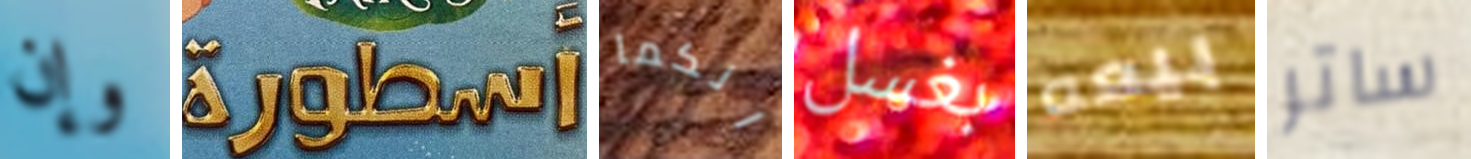
وإن أسطورة انكما بغسل بيعه ساتر